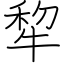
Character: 犂